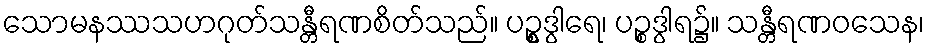
သောမနဿသဟဂုတ်သန္တီရဏစိတ်သည်။ ပဉ္စွဒွါရေ၊ ပဉ္စဒွါရ၌။ သန္တီရဏဝသေန၊